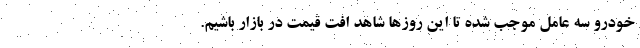
خودرو سه عامل موجب شده تا این روزها شاهد افت قیمت در بازار باشیم.